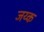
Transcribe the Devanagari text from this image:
जय्क